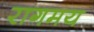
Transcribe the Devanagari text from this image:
रागमय